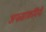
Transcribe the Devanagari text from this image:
अफसरकर्मियों